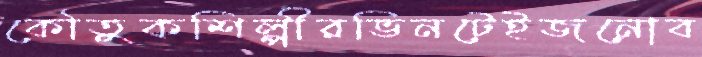
কৌতুকশিল্পীরভিনটেইজনোব